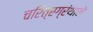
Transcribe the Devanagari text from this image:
चरित्रग्रंथाने